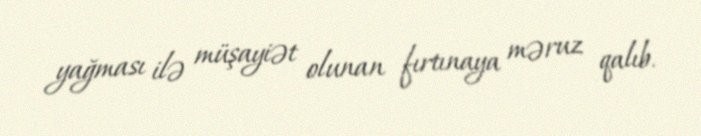
yağması ilə müşayiət olunan fırtınaya məruz qalıb.